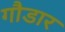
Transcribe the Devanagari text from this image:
गौडार